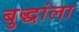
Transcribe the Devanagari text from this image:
बुद्धांला